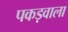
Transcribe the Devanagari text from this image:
पकड़वाला